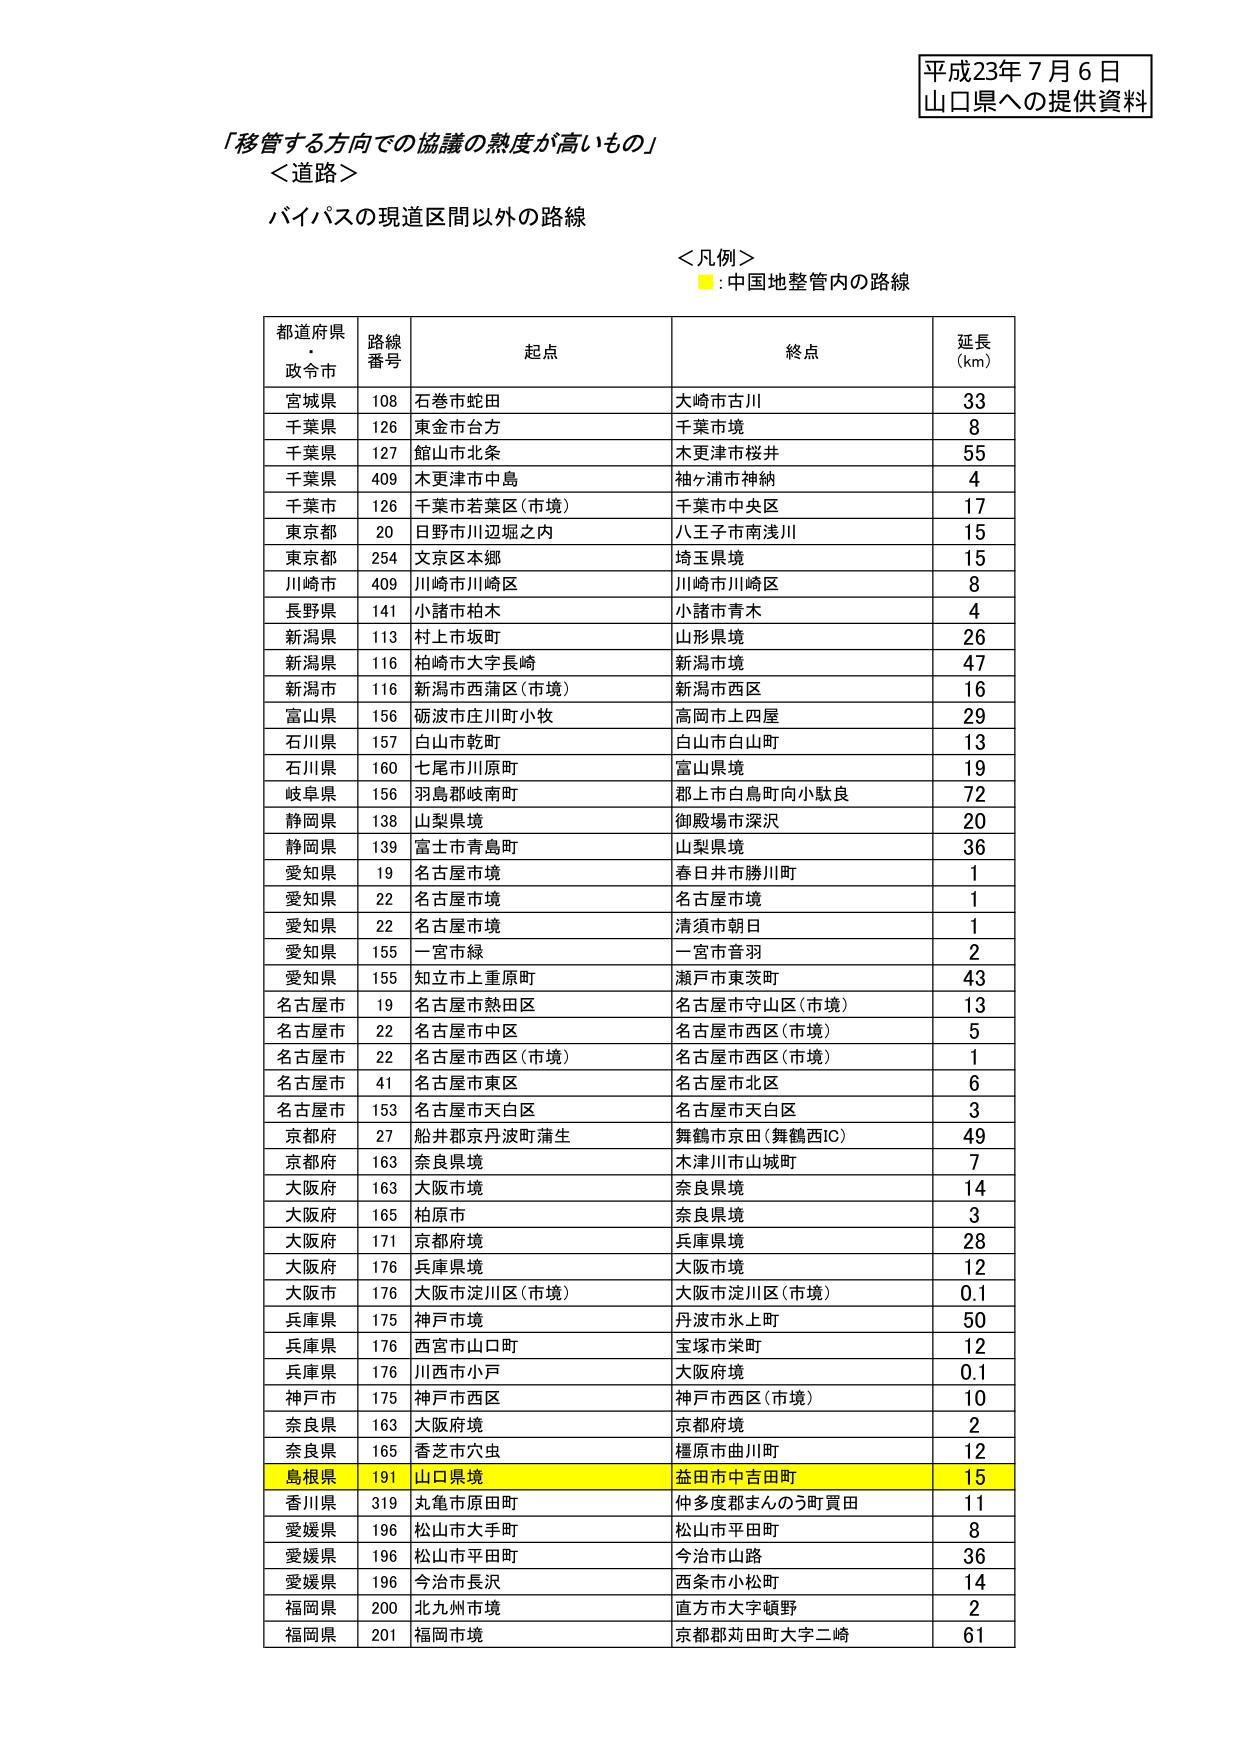
平成23年7月6日
山口県への提供資料

「移管する方向での協議の熟度が高いもの」
＜道路＞
バイパスの現道区間以外の路線

＜凡例＞
■：中国地整管内の路線

都道府県・政令市　路線番号　起点　終点　延長(km)
宮城県　108　石巻市蛇田　大崎市古川　33
千葉県　126　東金市台方　千葉市境　8
千葉県　127　館山市北条　木更津市桜井　55
千葉県　409　木更津市中島　袖ヶ浦市神納　4
千葉市　126　千葉市若葉区(市境)　千葉市中央区　17
東京都　20　日野市川辺堀之内　八王子市南浅川　15
東京都　254　文京区本郷　埼玉県境　15
川崎市　409　川崎市川崎区　川崎市川崎区　8
長野県　141　小諸市柏木　小諸市青木　4
新潟県　113　村上市坂町　山形県境　26
新潟県　116　柏崎市大字長崎　新潟市境　47
新潟市　116　新潟市西蒲区(市境)　新潟市西区　16
富山県　156　砺波市庄川町小牧　高岡市上四屋　29
石川県　157　白山市乾町　白山市白山町　13
石川県　160　七尾市川原町　富山県境　19
岐阜県　156　羽島郡岐南町　郡上市白鳥町向小駄良　72
静岡県　138　山梨県境　御殿場市深沢　20
静岡県　139　富士市青島町　山梨県境　36
愛知県　19　名古屋市境　春日井市勝川町　1
愛知県　22　名古屋市境　名古屋市境　1
愛知県　22　名古屋市境　清須市朝日　1
愛知県　155　一宮市緑　一宮市音羽　2
愛知県　155　知立市上重原町　瀬戸市東茨町　43
名古屋市　19　名古屋市熱田区　名古屋市守山区(市境)　13
名古屋市　22　名古屋市中区　名古屋市西区(市境)　5
名古屋市　22　名古屋市西区(市境)　名古屋市西区(市境)　1
名古屋市　41　名古屋市東区　名古屋市北区　6
名古屋市　153　名古屋市天白区　名古屋市天白区　3
京都府　27　船井郡京丹波町蒲生　舞鶴市京田(舞鶴西IC)　49
京都府　163　奈良県境　木津川市山城町　7
大阪府　163　大阪市境　奈良県境　14
大阪府　165　柏原市　奈良県境　3
大阪府　171　京都府境　兵庫県境　28
大阪府　176　兵庫県境　大阪市境　12
大阪市　176　大阪市淀川区(市境)　大阪市淀川区(市境)　0.1
兵庫県　175　神戸市境　丹波市氷上町　50
兵庫県　176　西宮市山口町　宝塚市栄町　12
兵庫県　176　川西市小戸　大阪府境　0.1
神戸市　175　神戸市西区　神戸市西区(市境)　10
奈良県　163　大阪府境　京都府境　2
奈良県　165　香芝市穴虫　橿原市曲川町　12
島根県　191　山口県境　益田市中吉田町　15
香川県　319　丸亀市原田町　仲多度郡まんのう町買田　11
愛媛県　196　松山市大手町　松山市平田町　8
愛媛県　196　松山市平田町　今治市山路　36
愛媛県　196　今治市長沢　西条市小松町　14
福岡県　200　北九州市境　直方市大字頓野　2
福岡県　201　福岡市境　京都郡苅田町大字二崎　61